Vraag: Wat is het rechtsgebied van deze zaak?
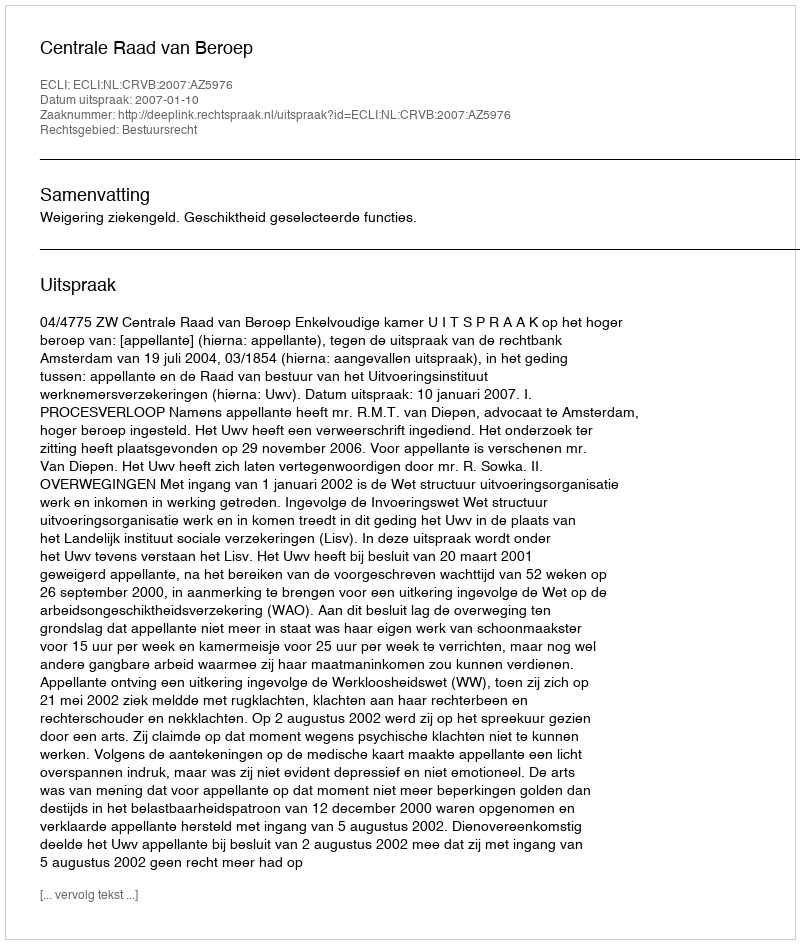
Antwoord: Bestuursrecht